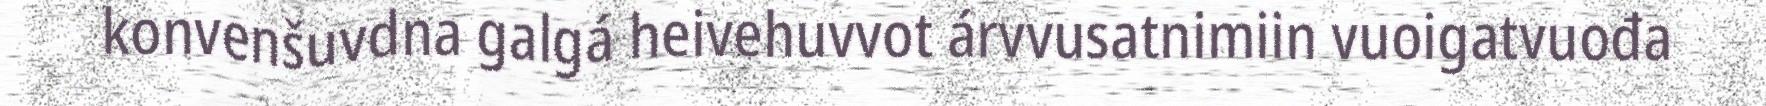
konvenšuvdna galgá heivehuvvot árvvusatnimiin vuoigatvuođa